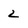
Character: 2